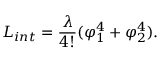
{ \cal L } _ { i n t } = \frac { \lambda } { 4 ! } ( \varphi _ { 1 } ^ { 4 } + \varphi _ { 2 } ^ { 4 } ) .